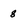
Character: 8